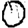
Digit: 0